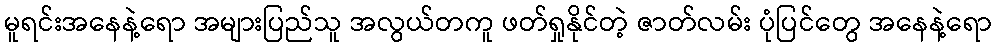
မူရင်းအနေနဲ့ရော အများပြည်သူ အလွယ်တကူ ဖတ်ရှုနိုင်တဲ့ ဇာတ်လမ်း ပုံပြင်တွေ အနေနဲ့ရော